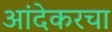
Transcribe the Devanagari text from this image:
आंदेकरचा